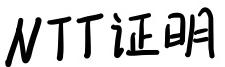
NTT证明